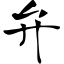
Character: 弁